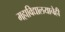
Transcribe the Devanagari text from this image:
महाविद्यालयाचेही